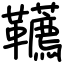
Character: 韉